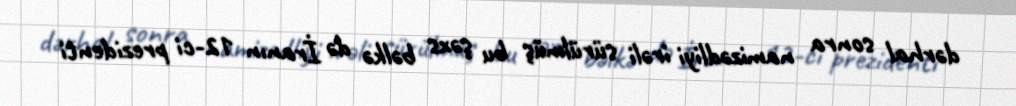
dərhal sonra namizədliyi irəli sürülmüş bu şəxs bəlkə də İranın 12-ci prezidenti